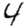
Digit: 4